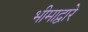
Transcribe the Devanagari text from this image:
भीमाद्वारे